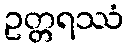
ဥတ္တရဿံ